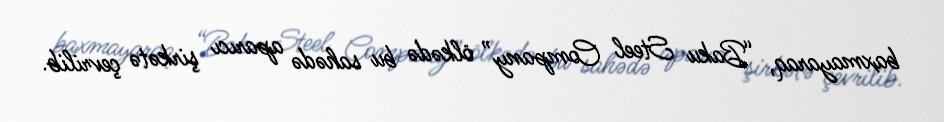
baxmayaraq, “Baku Steel Company” ölkədə bu sahədə aparıcı şirkətə çevrilib.